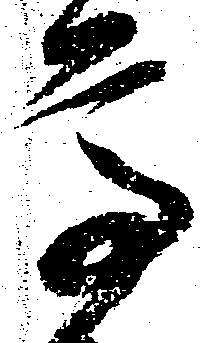
高